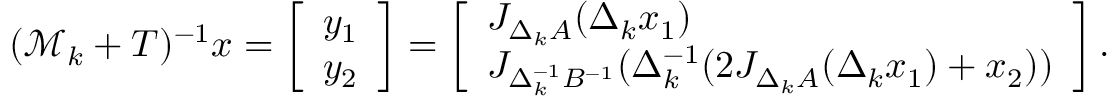
( \mathcal M _ { k } + T ) ^ { - 1 } x = \left[ \begin{array} { l } { y _ { 1 } } \\ { y _ { 2 } } \end{array} \right] = \left[ \begin{array} { l } { J _ { \Delta _ { k } A } ( \Delta _ { k } x _ { 1 } ) } \\ { J _ { \Delta _ { k } ^ { - 1 } B ^ { - 1 } } ( \Delta _ { k } ^ { - 1 } ( 2 J _ { \Delta _ { k } A } ( \Delta _ { k } x _ { 1 } ) + x _ { 2 } ) ) } \end{array} \right] .